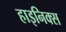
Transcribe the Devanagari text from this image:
हाइनिक्स